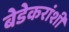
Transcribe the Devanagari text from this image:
बेडेकरांशी